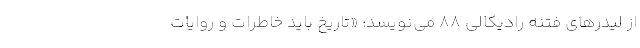
از لیدرهای فتنه رادیکالی ۸۸ می‌نویسد: «تاریخ باید خاطرات و روایات